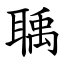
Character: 聥